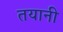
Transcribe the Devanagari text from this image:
तयानी